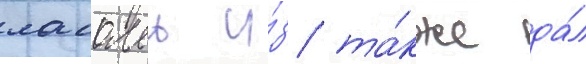
ласалль и́з та́кже да́л